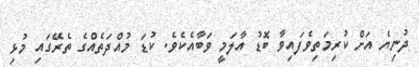
ދުނިޔެ އަށް ކުރިމަތިވެފައިވާ ބޮޑު އާލަމީ ވަބާއެކެވެ. ކުޑަ މުއްދަތެއްގެ ތެރޭގައި މުޅި